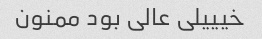
خیییلی عالی بود ممنون